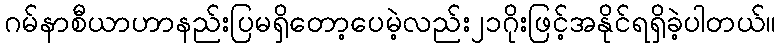
ဂမ်နာစီယာဟာနည်းပြမရှိတော့ပေမဲ့လည်း၂၁ဂိုးဖြင့်အနိုင်ရရှိခဲ့ပါတယ်။